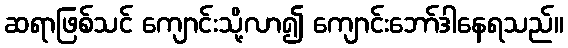
ဆရာဖြစ်သင် ကျောင်းသို့လာ၍ ကျောင်းဘော်ဒါနေရသည်။